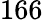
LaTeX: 166